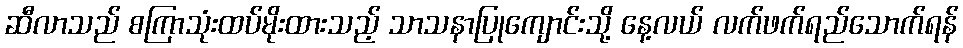
ဆီလာသည် စကြာသုံးထပ်မိုးထားသည့် သာသနာပြုကျောင်းသို့ နေ့လယ် လက်ဖက်ရည်သောက်ရန်